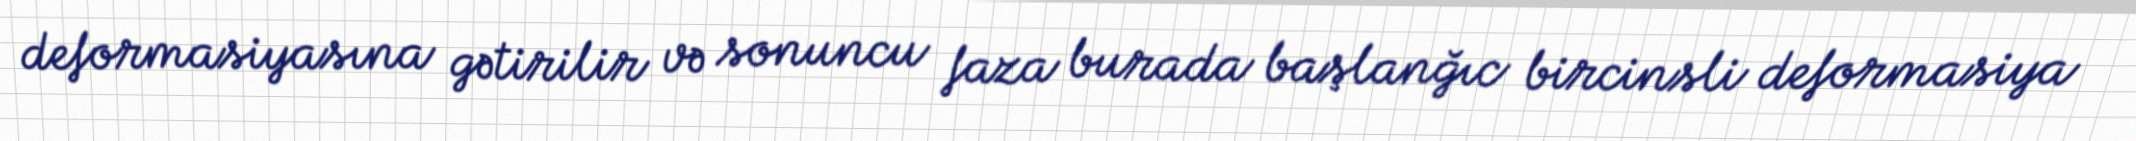
deformasiyasına gətirilir və sonuncu faza burada başlanğıc bircinsli deformasiya